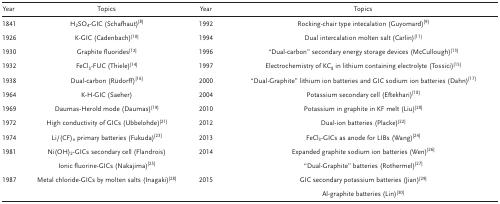
| Year | Topics | Year | Topics |
 | --- | --- | --- | --- |
 | 1841 | H2SO4‐GIC (Schafhaut)8 | 1992 | Rocking‐chair type intecalation (Guyomard)9 |
 | 1926 | K‐GIC (Cadenbach)10 | 1994 | Dual intercalation molten salt (Carlin)11 |
 | 1930 | Graphite fluorides12 | 1996 | “Dual‐carbon” secondary energy storage devices (McCullough)13 |
 | 1932 | FeCl3‐FUC (Thiele)14 | 1997 | Electrochemistry of KC8 in lithium containing electrolyte (Tossici)15 |
 | 1938 | Dual‐carbon (Rüdorff)16 | 2000 | “Dual‐Graphite” lithium ion batteries and GIC sodium ion batteries (Dahn)17 |
 | 1964 | K‐H‐GIC (Saeher) | 2004 | Potassium secondary cell (Eftekhari)18 |
 | 1969 | Daumas‐Herold mode (Daumas)19 | 2010 | Potassium in graphite in KF melt (Liu)20 |
 | 1972 | High conductivity of GICs (Ubbelohde)21 | 2012 | Dual‐ion batteries (Placke)22 |
 | 1974 | Li/(CF)n primary batteries (Fukuda)23 | 2013 | FeCl3‐GICs as anode for LIBs (Wang)24 |
 | 1981 | Ni(OH)2‐GICs secondary cell (Flandrois) | 2014 | Expanded graphite sodium ion batteries (Wen)26 |
 |  | Ionic fluorine‐GICs (Nakajima)25 |  | “Dual‐Graphite” batteries (Rothermel)27 |
 | 1987 | Metal chloride‐GICs by molten salts (Inagaki)28 | 2015 | GIC secondary potassium batteries (Jian)29 |
 |  |  |  | Al‐graphite batteries (Lin)30 |